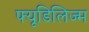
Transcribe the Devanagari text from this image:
फ्यूडिलिज्म